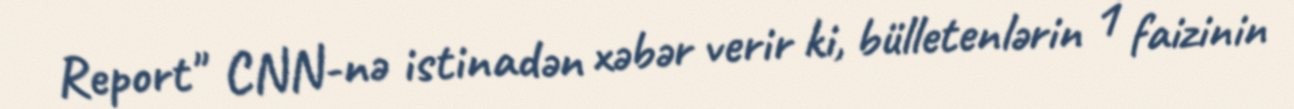
Report" CNN-nə istinadən xəbər verir ki, bülletenlərin 1 faizinin